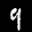
Label: 9